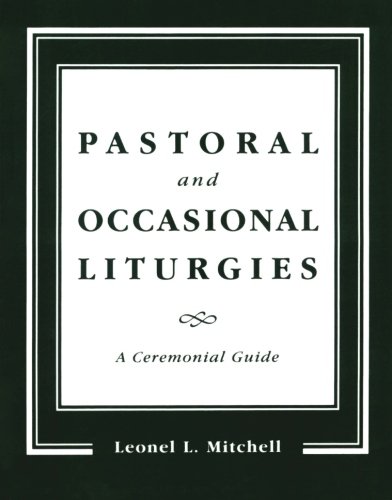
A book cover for Pastoral and Occasional Liturgies: A Ceremonial Guide; Leonel L. Mitchell; Christian Books & Bibles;